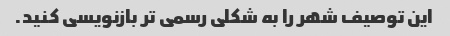
این توصیف شهر را به شکلی رسمی تر بازنویسی کنید.